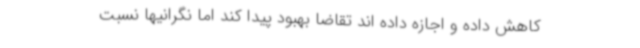
کاهش داده و اجازه داده اند تقاضا بهبود پیدا کند اما نگرانیها نسبت